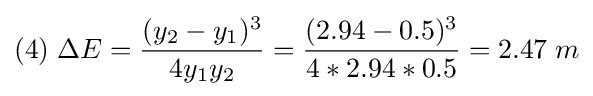
(4)\;\Delta E={\frac {(y_{2}-y_{1})^{3}}{4y_{1}y_{2}}}={\frac {(2.94-0.5)^{3}}{4*2.94*0.5}}=2.47\;m